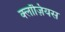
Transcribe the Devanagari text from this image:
क्लॉज़ियस